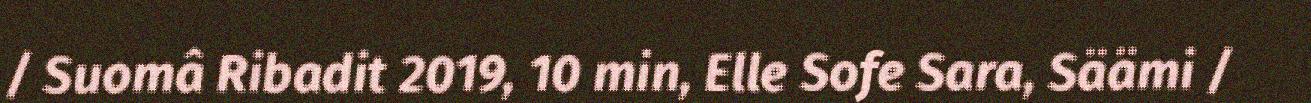
/ Suomâ Ribadit 2019, 10 min, Elle Sofe Sara, Säämi /